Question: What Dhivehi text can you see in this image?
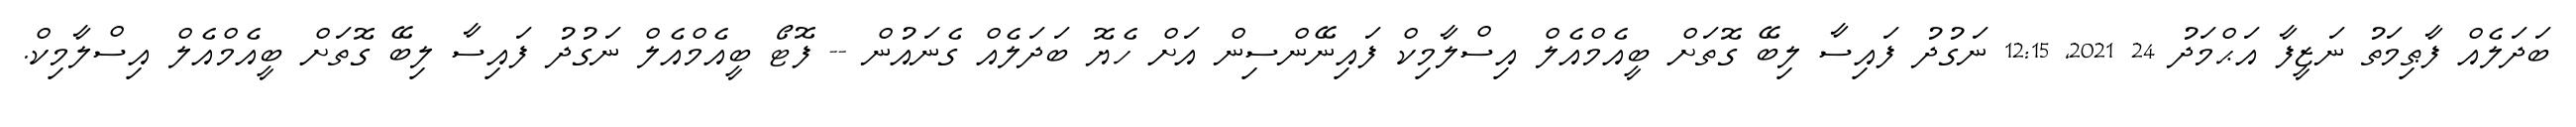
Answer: ބަދަލެއް ފާޠިމަތު ނަޒީފާ އަޙްމަދު 24 2021, 12:15 ނަގުދު ފައިސާ ލިބޭ ގޮތަށް ބީއެމްއެލް އިސްލާމިކް ފައިނޭންސިން އަށް ހެޔޮ ބަދަލެއް ގެނައުން -- ފޮޓޯ ބީއެމްއެލް ނަގުދު ފައިސާ ލިބޭ ގޮތަށް ބީއެމްއެލް އިސްލާމިކް.